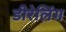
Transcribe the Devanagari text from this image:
डीरेलिंग